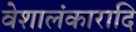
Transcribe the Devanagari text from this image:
वेशालंकारादि